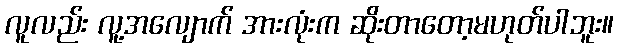
လူလည်း လူ့အလျောက် အားလုံးက ဆိုးတာတော့မဟုတ်ပါဘူး။